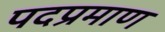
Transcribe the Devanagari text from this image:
पदप्रमाण